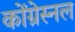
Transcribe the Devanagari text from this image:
कोंग्रेस्नल